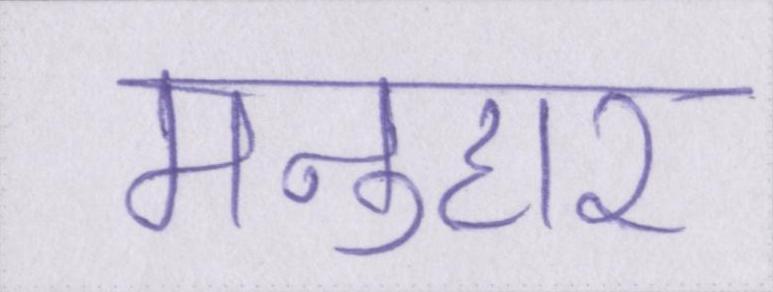
मनुहार